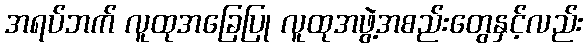
အရပ်ဘက် လူထုအခြေပြု လူထုအဖွဲ့အစည်းတွေနှင့်လည်း